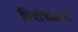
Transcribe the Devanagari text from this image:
विशेषकांचे